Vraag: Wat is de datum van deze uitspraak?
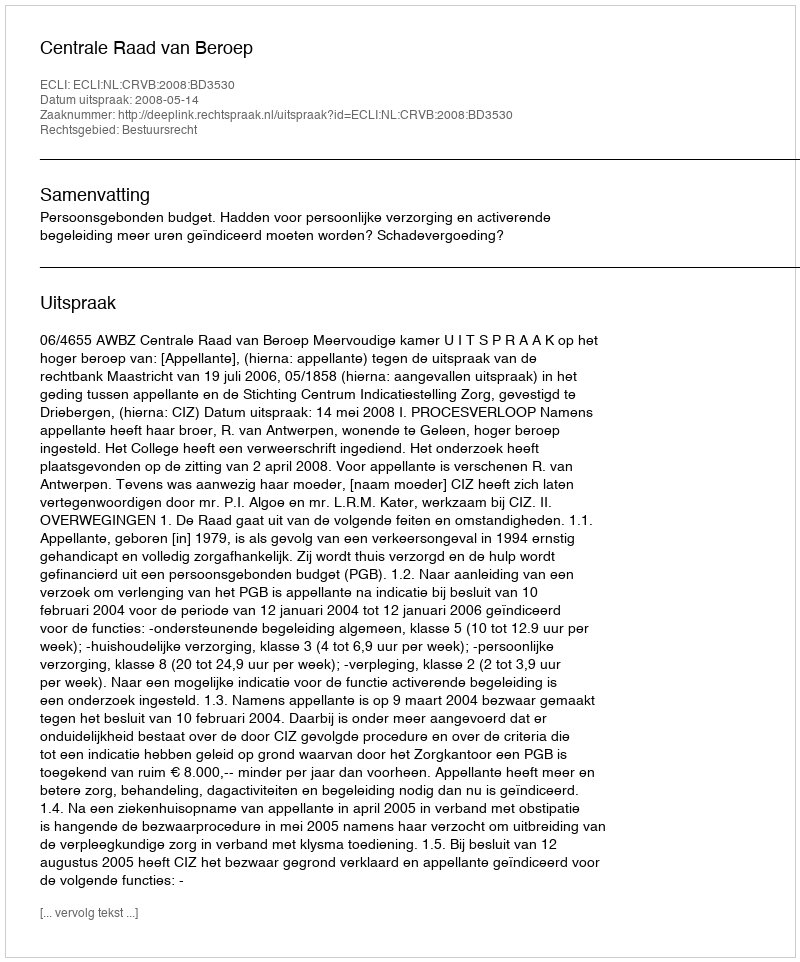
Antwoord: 2008-05-14